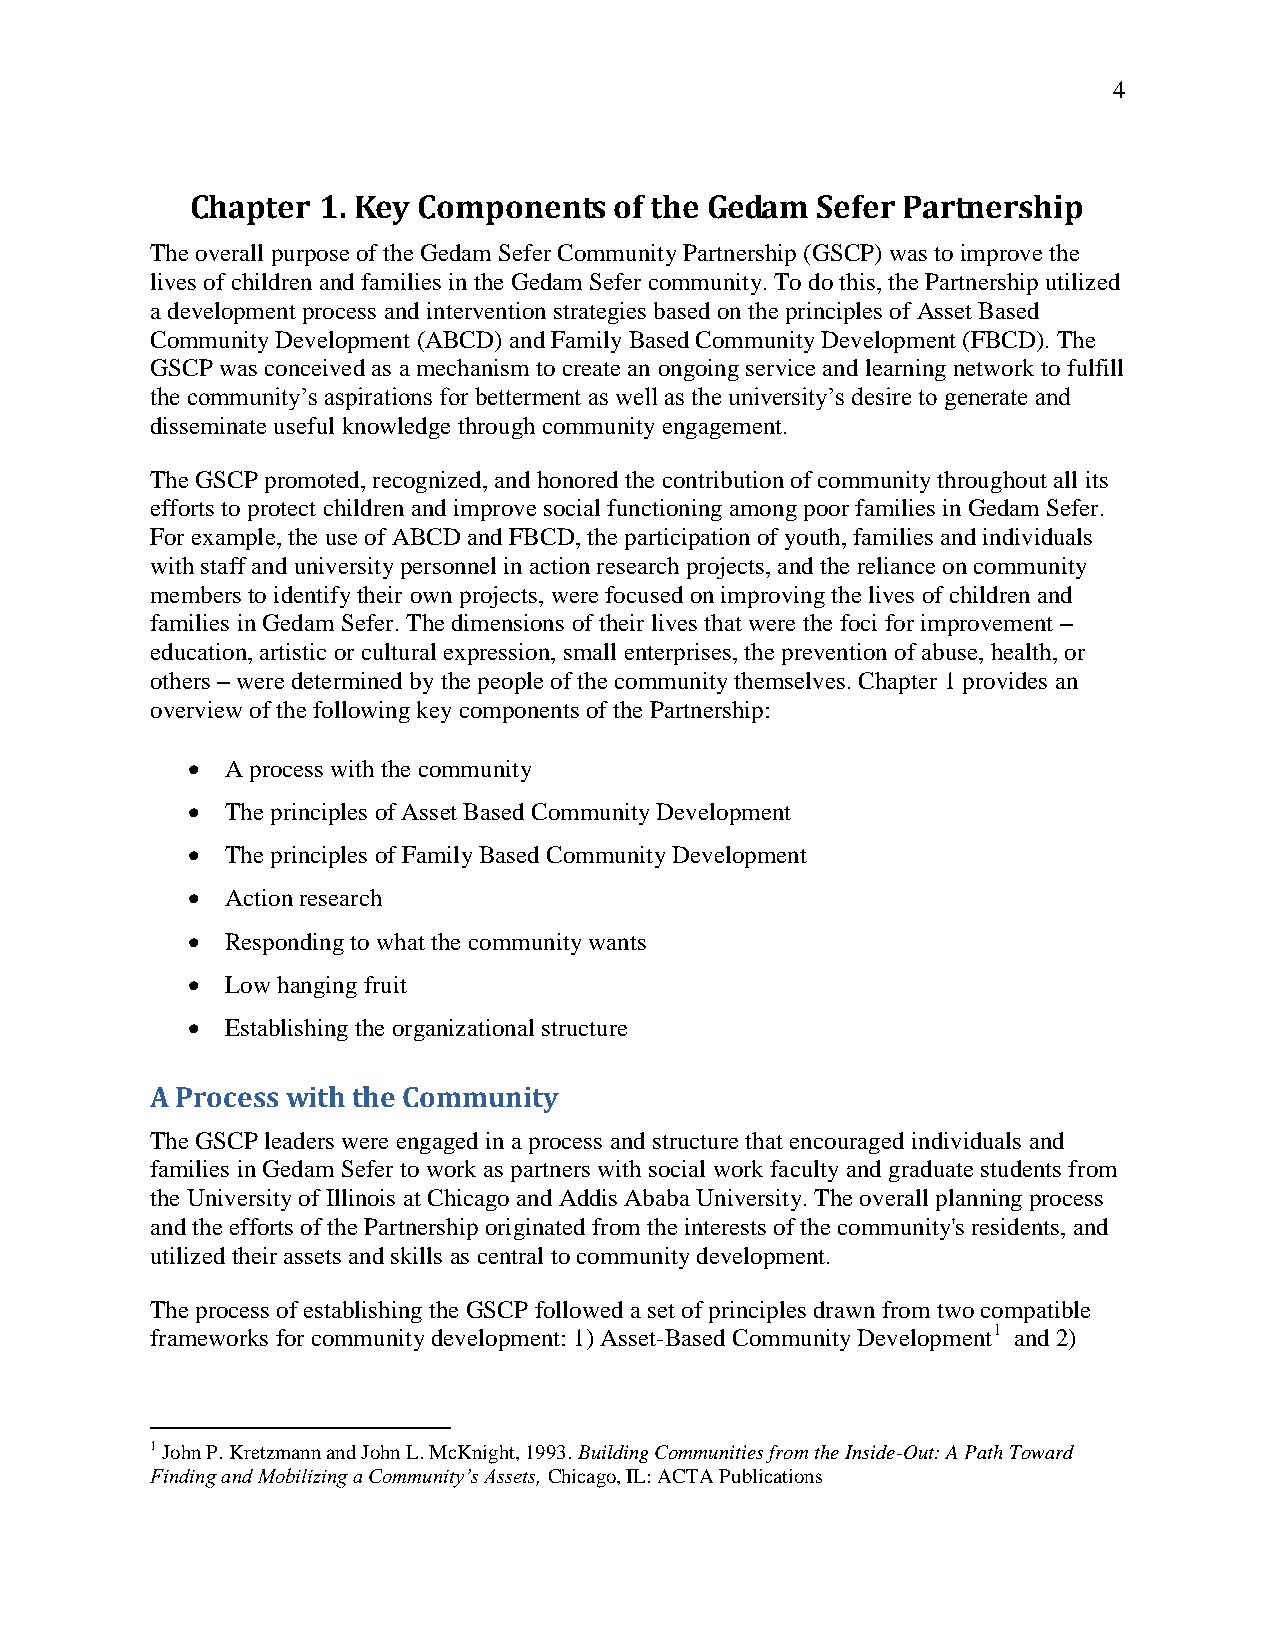
4
 Chapter 1. Key Components   of the Gedam Sefer Partnership
 The overall purpose of the Gedam Sefer Community Partnership (GSCP) was to improve the
 lives of children and families in the Gedam Sefer community. To do this, the Partnership utilized
 a development process and intervention strategies based on the principles of Asset Based
 Community Development (ABCD) and Family Based Community Development (FBCD). The
 GSCP was conceived as a mechanism to create an ongoing service and learning network to fulfill
 the community‘s aspirations for betterment as well as the university‘s desire to generate and
 disseminate useful knowledge through community engagement.
 The GSCP promoted, recognized, and honored the contribution of community throughout all its
 efforts to protect children and improve social functioning among poor families in Gedam Sefer.
 For example, the use of ABCD and FBCD, the participation of youth, families and individuals
 with staff and university personnel in action research projects, and the reliance on community
 members to identify their own projects, were focused on improving the lives of children and
 families in Gedam Sefer. The dimensions of their lives that were the foci for improvement –
 education, artistic or cultural expression, small enterprises, the prevention of abuse, health, or
 others – were determined by the people of the community themselves. Chapter 1 provides an
 overview of the following key components of the Partnership:
   A process with the community
   The principles of Asset Based Community Development
   The principles of Family Based Community Development
   Action research
   Responding to what the community wants
   Low hanging fruit
   Establishing the organizational structure
 A Process with the Community
 The GSCP leaders were engaged in a process and structure that encouraged individuals and
 families in Gedam Sefer to work as partners with social work faculty and graduate students from
 the University of Illinois at Chicago and Addis Ababa University. The overall planning process
 and the efforts of the Partnership originated from the interests of the community's residents, and
 utilized their assets and skills as central to community development.
 The process of establishing the GSCP followed a set of principles drawn from two compatible
 frameworks for community development: 1) Asset-Based Community Development1 and 2)
 1 John P. Kretzmann and John L. McKnight, 1993. Building Communities from the Inside-Out: A Path Toward
 Finding and Mobilizing a Community’s Assets, Chicago, IL: ACTA Publications